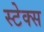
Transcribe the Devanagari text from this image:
स्टेक्स